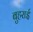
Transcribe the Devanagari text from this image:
बुहराई